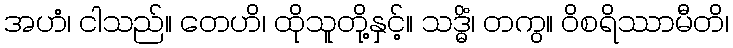
အဟံ၊ ငါသည်။ တေဟိ၊ ထိုသူတို့နှင့်။ သဒ္ဓိံ၊ တကွ။ ဝိစရိဿာမီတိ၊